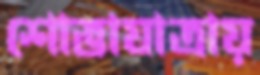
শোভাযাত্রায়